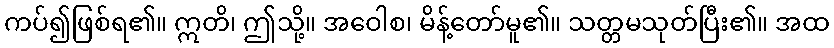
ကပ်၍ဖြစ်ရ၏။ ဣတိ၊ ဤသို့။ အဝေါစ၊ မိန့်တော်မူ၏။ သတ္တမသုတ်ပြီး၏။ အထ